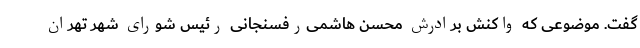
گفت. موضوعی که واکنش برادرش محسن هاشمی‌رفسنجانی رئیس شورای شهر تهران